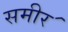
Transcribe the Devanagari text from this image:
समीर॔